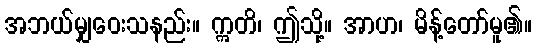
အဘယ်မျှဝေးသနည်း။ ဣတိ၊ ဤသို့။ အာဟ၊ မိန့်တော်မူ၏။